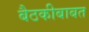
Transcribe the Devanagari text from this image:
बैठकीबाबत